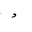
Letter: _dal